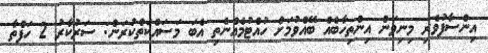
އިންސާފުވެރި މިނިވަން އިންތިހާބެއް ބޭއްވުމަށް ހުއްޓުމެއްނެތި އެބަ މަސައްކަތްކުރަން: ސަރުކާރު 2 ހަފްތާ